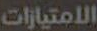
الامتيازات